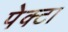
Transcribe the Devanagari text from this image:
पेक्टा